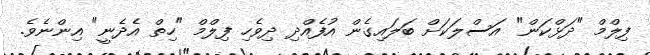
ފިލްމް "ދަޅްކަން" އަސްލަކަށް ބަލައިގެން އުފެއްދި ދިވެހި ފިލްމް "ހިތް އެދެނީ" އިންނެވެ.